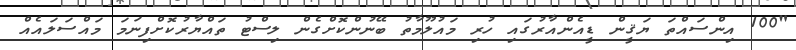
"100 އިންސައްތަ ޔަޤީން ޑީއެންއާރުގައި ހުރި މައުލޫމާތު ބޭނުންކޮށްގެން ލިސްޓު ތައްޔާރުކޮށްފިނަމަ މައްސަލައެއް